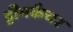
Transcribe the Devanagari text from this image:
ड्रीमकैचर